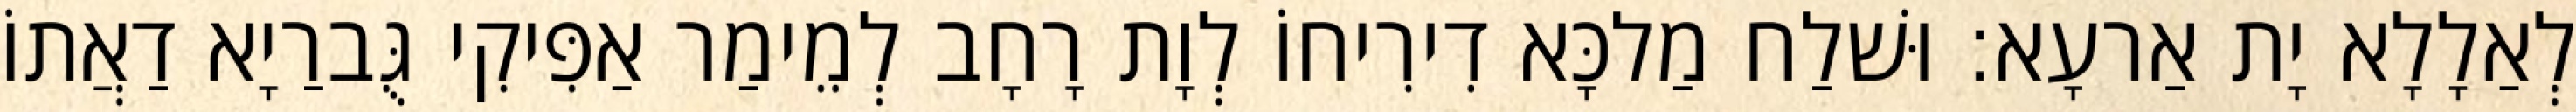
לְאַלָלָא יָת אַרעָא׃ וּשׁלַח מַלכָּא דִירִיחוֹ לְוָת רָחָב לְמֵימַר אַפִּיקִי גֻּברַיָא דַאֲתוֹ